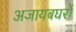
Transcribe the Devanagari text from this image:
अजायबघरों